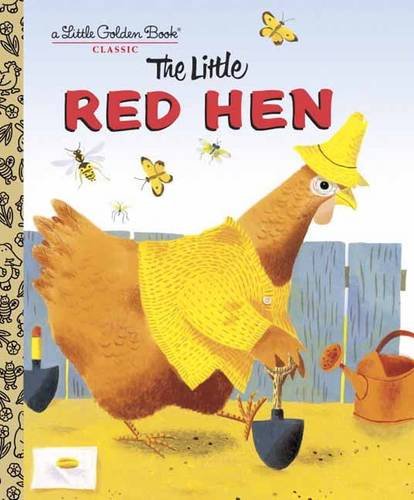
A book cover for The Little Red Hen (Little Golden Book); Children's Books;